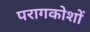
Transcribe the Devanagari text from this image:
परागकोशों